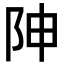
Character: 𨸬